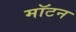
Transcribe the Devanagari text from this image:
मॉटन